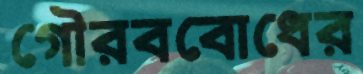
গৌরববোধের